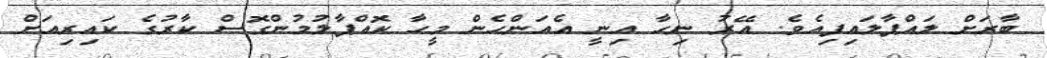
ބާރަށް ލައްޕާލައިފިއެވެ. އޭރު ނިހާ އިނީ އެއަންހެން މީހާ ކޮއްޕާލުމުންގޮސް ކާރުގެ ކައިރިއަށް